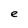
Character: e